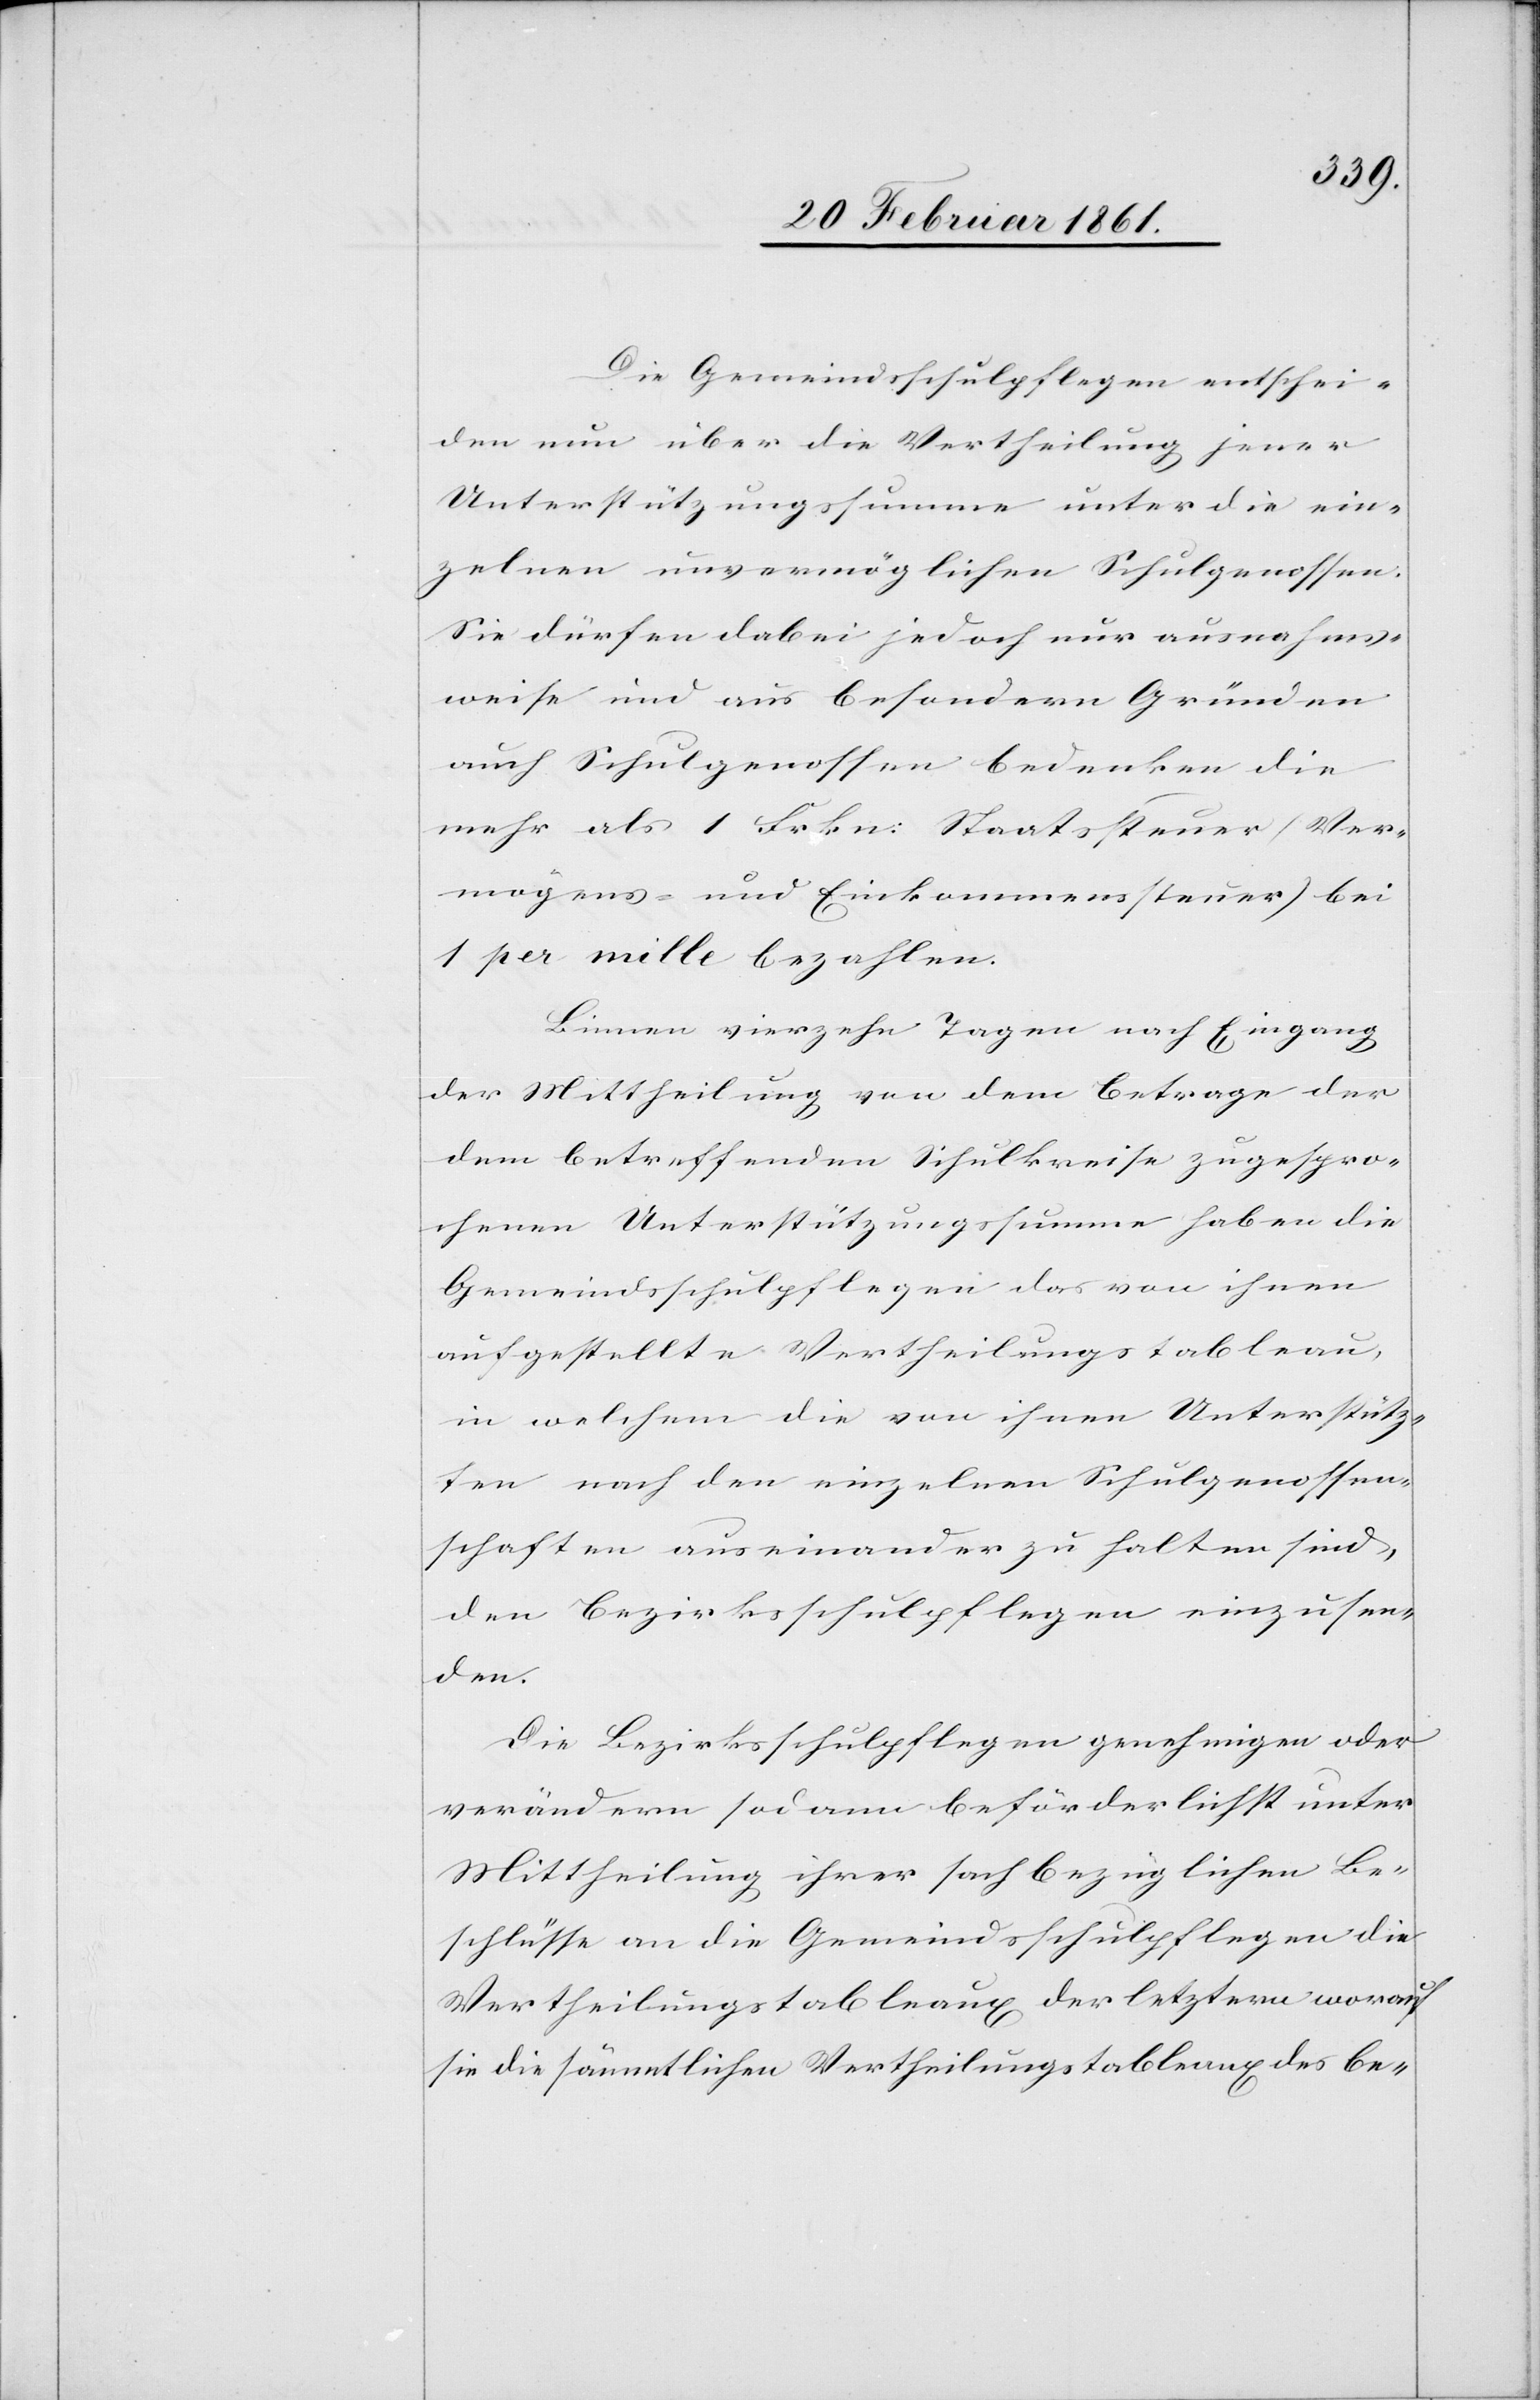
Die Gemeindsschulpflegen entschei¬
den nun über die Vertheilung jener
Unterstützungssumme unter die ein¬
zelnen unvermöglichen Schulgenossen.
Sie dürfen dabei jedoch nur ausnahms¬
weise und aus besondern Gründen
auch Schulgenossen bedenken die
mehr als 1 Frkn: Staatssteuer (Ver¬
mögens- und Einkommenssteuer) bei
1 per mille bezahlen.
Binnen vierzehn Tagen nach Eingang
der Mittheilung von dem Betrage der
dem betreffenden Schulkreise zugespro¬
chenen Unterstützungssumme haben die
Gemeindsschulpflegen das von ihnen
aufgestellte Vertheilungstableau,
in welchem die von ihnen Unterstütz¬
ten nach den einzelnen Schulgenossen¬
schaften auseinander zu halten sind,
den Bezirksschulpflegen einzusen¬
den.
Die Bezirksschulpflegen genehmigen oder
verändern sodann beförderlichst unter
Mittheilung ihrer sachbezüglichen Be¬
schlüsse an die Gemeindsschulpflegen die
Vertheilungstableaux der letztern worauf
sie die sämmtlichen Vertheilungstableaux des be-